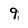
Character: 9